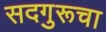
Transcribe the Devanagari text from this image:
सदगुरूचा